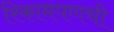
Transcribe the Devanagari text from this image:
रिकामपणची